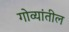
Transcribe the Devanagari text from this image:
गोव्यांतील